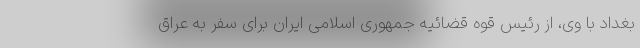
بغداد با وی، از رئیس قوه قضائیه جمهوری اسلامی ایران برای سفر به عراق